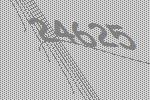
24625